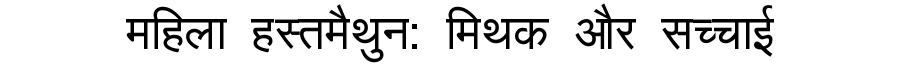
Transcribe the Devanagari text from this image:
महिला हस्तमैथुन: मिथक और सच्चाई